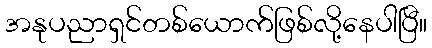
အနုပညာရှင်တစ်ယောက်ဖြစ်လို့နေပါပြီ။